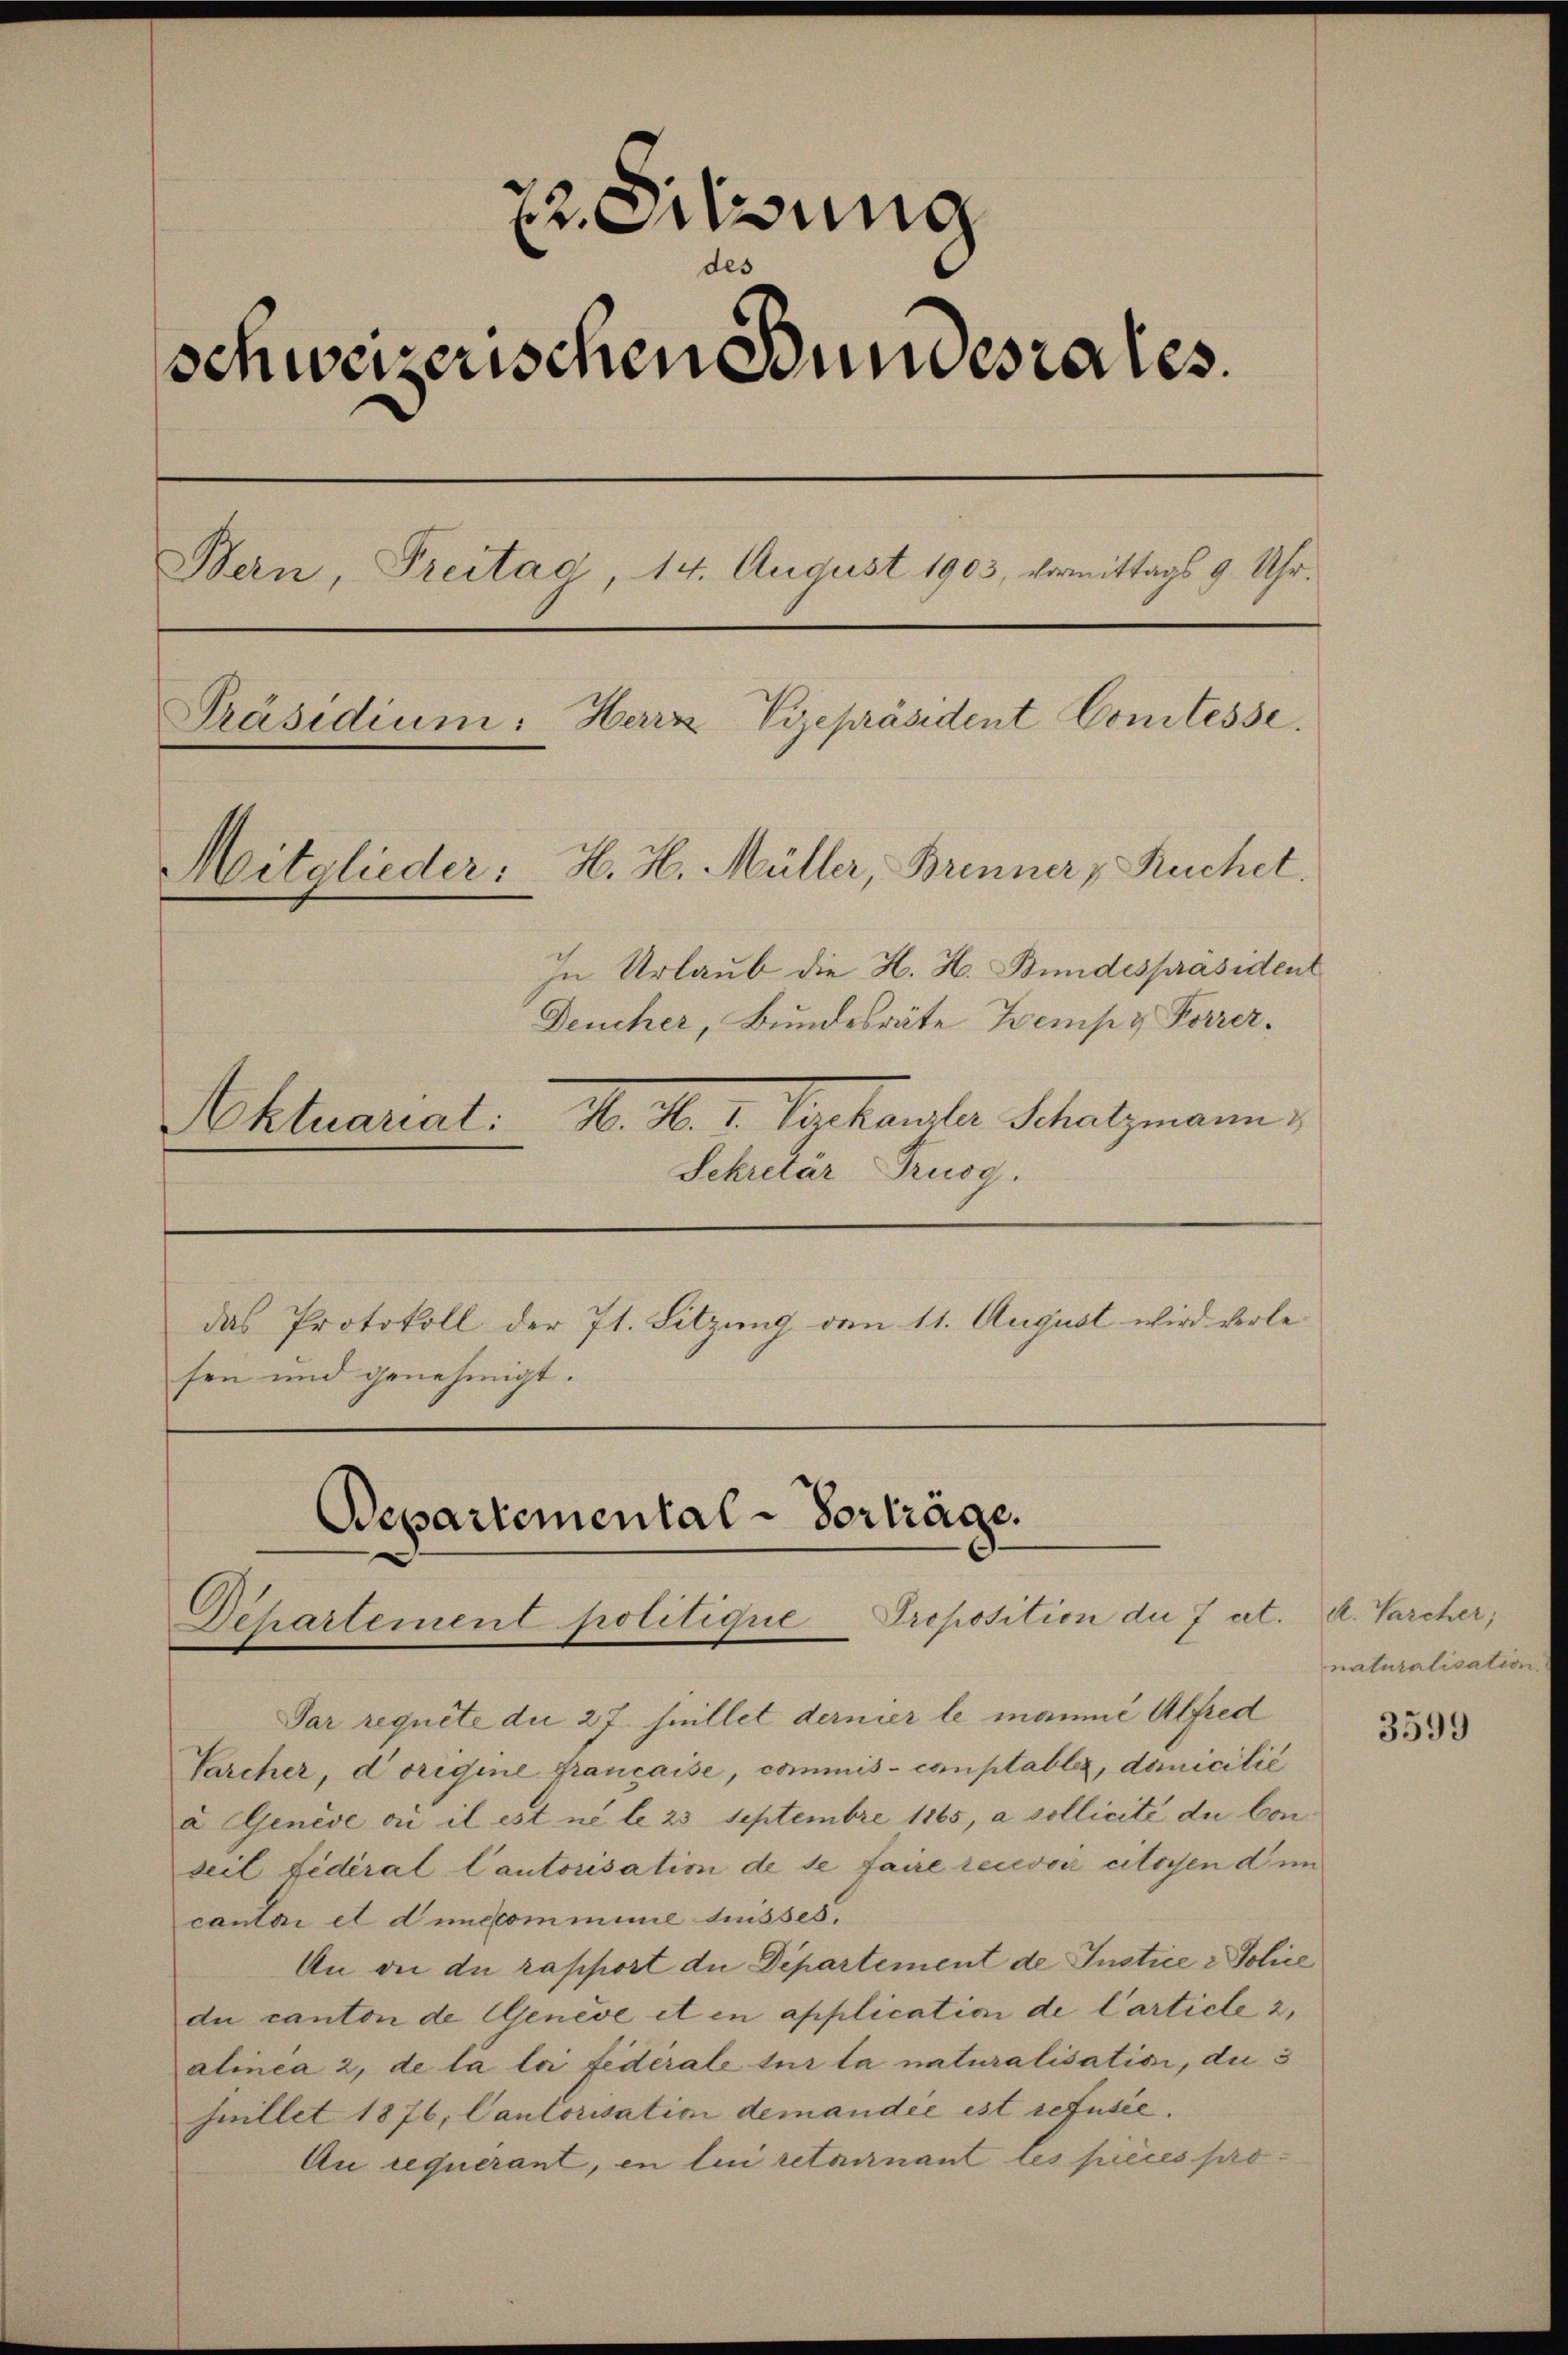
22. Sitzung
des
schweizerischen Bundesrates.
Bern, Treitag, 14. August 1903, vermittags 9 Uhr.
Präsidium: Herz Vizepräsident Comtesse.
Mitglieder. H. H. Müller, Brenner - Ruchet.
In Urlaub die H. H. Bundespräsident
Deucher, Bundesräte Tempy Forrer¬
N. N. 1. Marthanster Schatzmann,
Aktuariat:

Sekretär Trusg.
das Protokoll der 71. Sitzung den 11. August wird verlesen und genehmigt.

Departemental-Vorträge.
Departement politique-Dreposition die 7 et.

Par requete die 27. Juillet dernier le mannić Alfred
Tarcher, Dorigine francaise, commis-comptablis, domicilié
à Genève ou il est ne le 23 Septembre 1865, a sollicité du Conseil fidéral Cautorisation de se faire recevoir citossen dem
cantari et d’un commene disses.
An die du rapport die Departement de Justice & Police
du canton de Genève et en application de Carticle 2,
alinea 2, de la loi fédérale sur la naturalisatisi, du 3
Mmillet 1876, Cantorisation demandée ist refusée.
Au requerant, en lui retairnant les pièces pro-

R. Varcher;
naturalisatio

3599